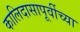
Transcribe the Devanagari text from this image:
कालिदासापूर्वीच्या